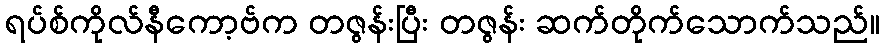
ရပ်စ်ကိုလ်နီကော့ဗ်က တဇွန်းပြီး တဇွန်း ဆက်တိုက်သောက်သည်။